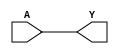
`timescale 1ns / 1ps
//////////////////////////////////////////////////////////////////////////////////
// Company: 
// Engineer: 
// 
// Design Name: 
// Module Name: Nada
// Project Name: 
// Target Devices: 
// Tool Versions: 
// Description: 
// 
// Dependencies: 
// 
// Revision:
// Revision 0.01 - File Created
// Additional Comments:
// 
//////////////////////////////////////////////////////////////////////////////////


module Nada#(parameter N=8)(
    input[N-1:0]A,
    output [N-1:0]Y
);

assign Y=A;
endmodule